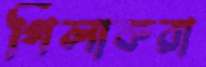
গিলাকরা